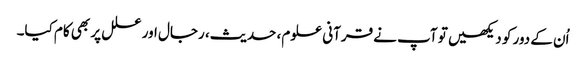
اُن کے دور کو دیکھیں تو آپ نے قرآنی علوم، حدیث، رجال اور علل پر بھی کام کیا۔